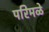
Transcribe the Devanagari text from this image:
परिमळे